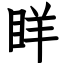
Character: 眻